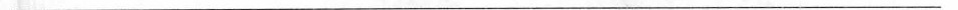
___